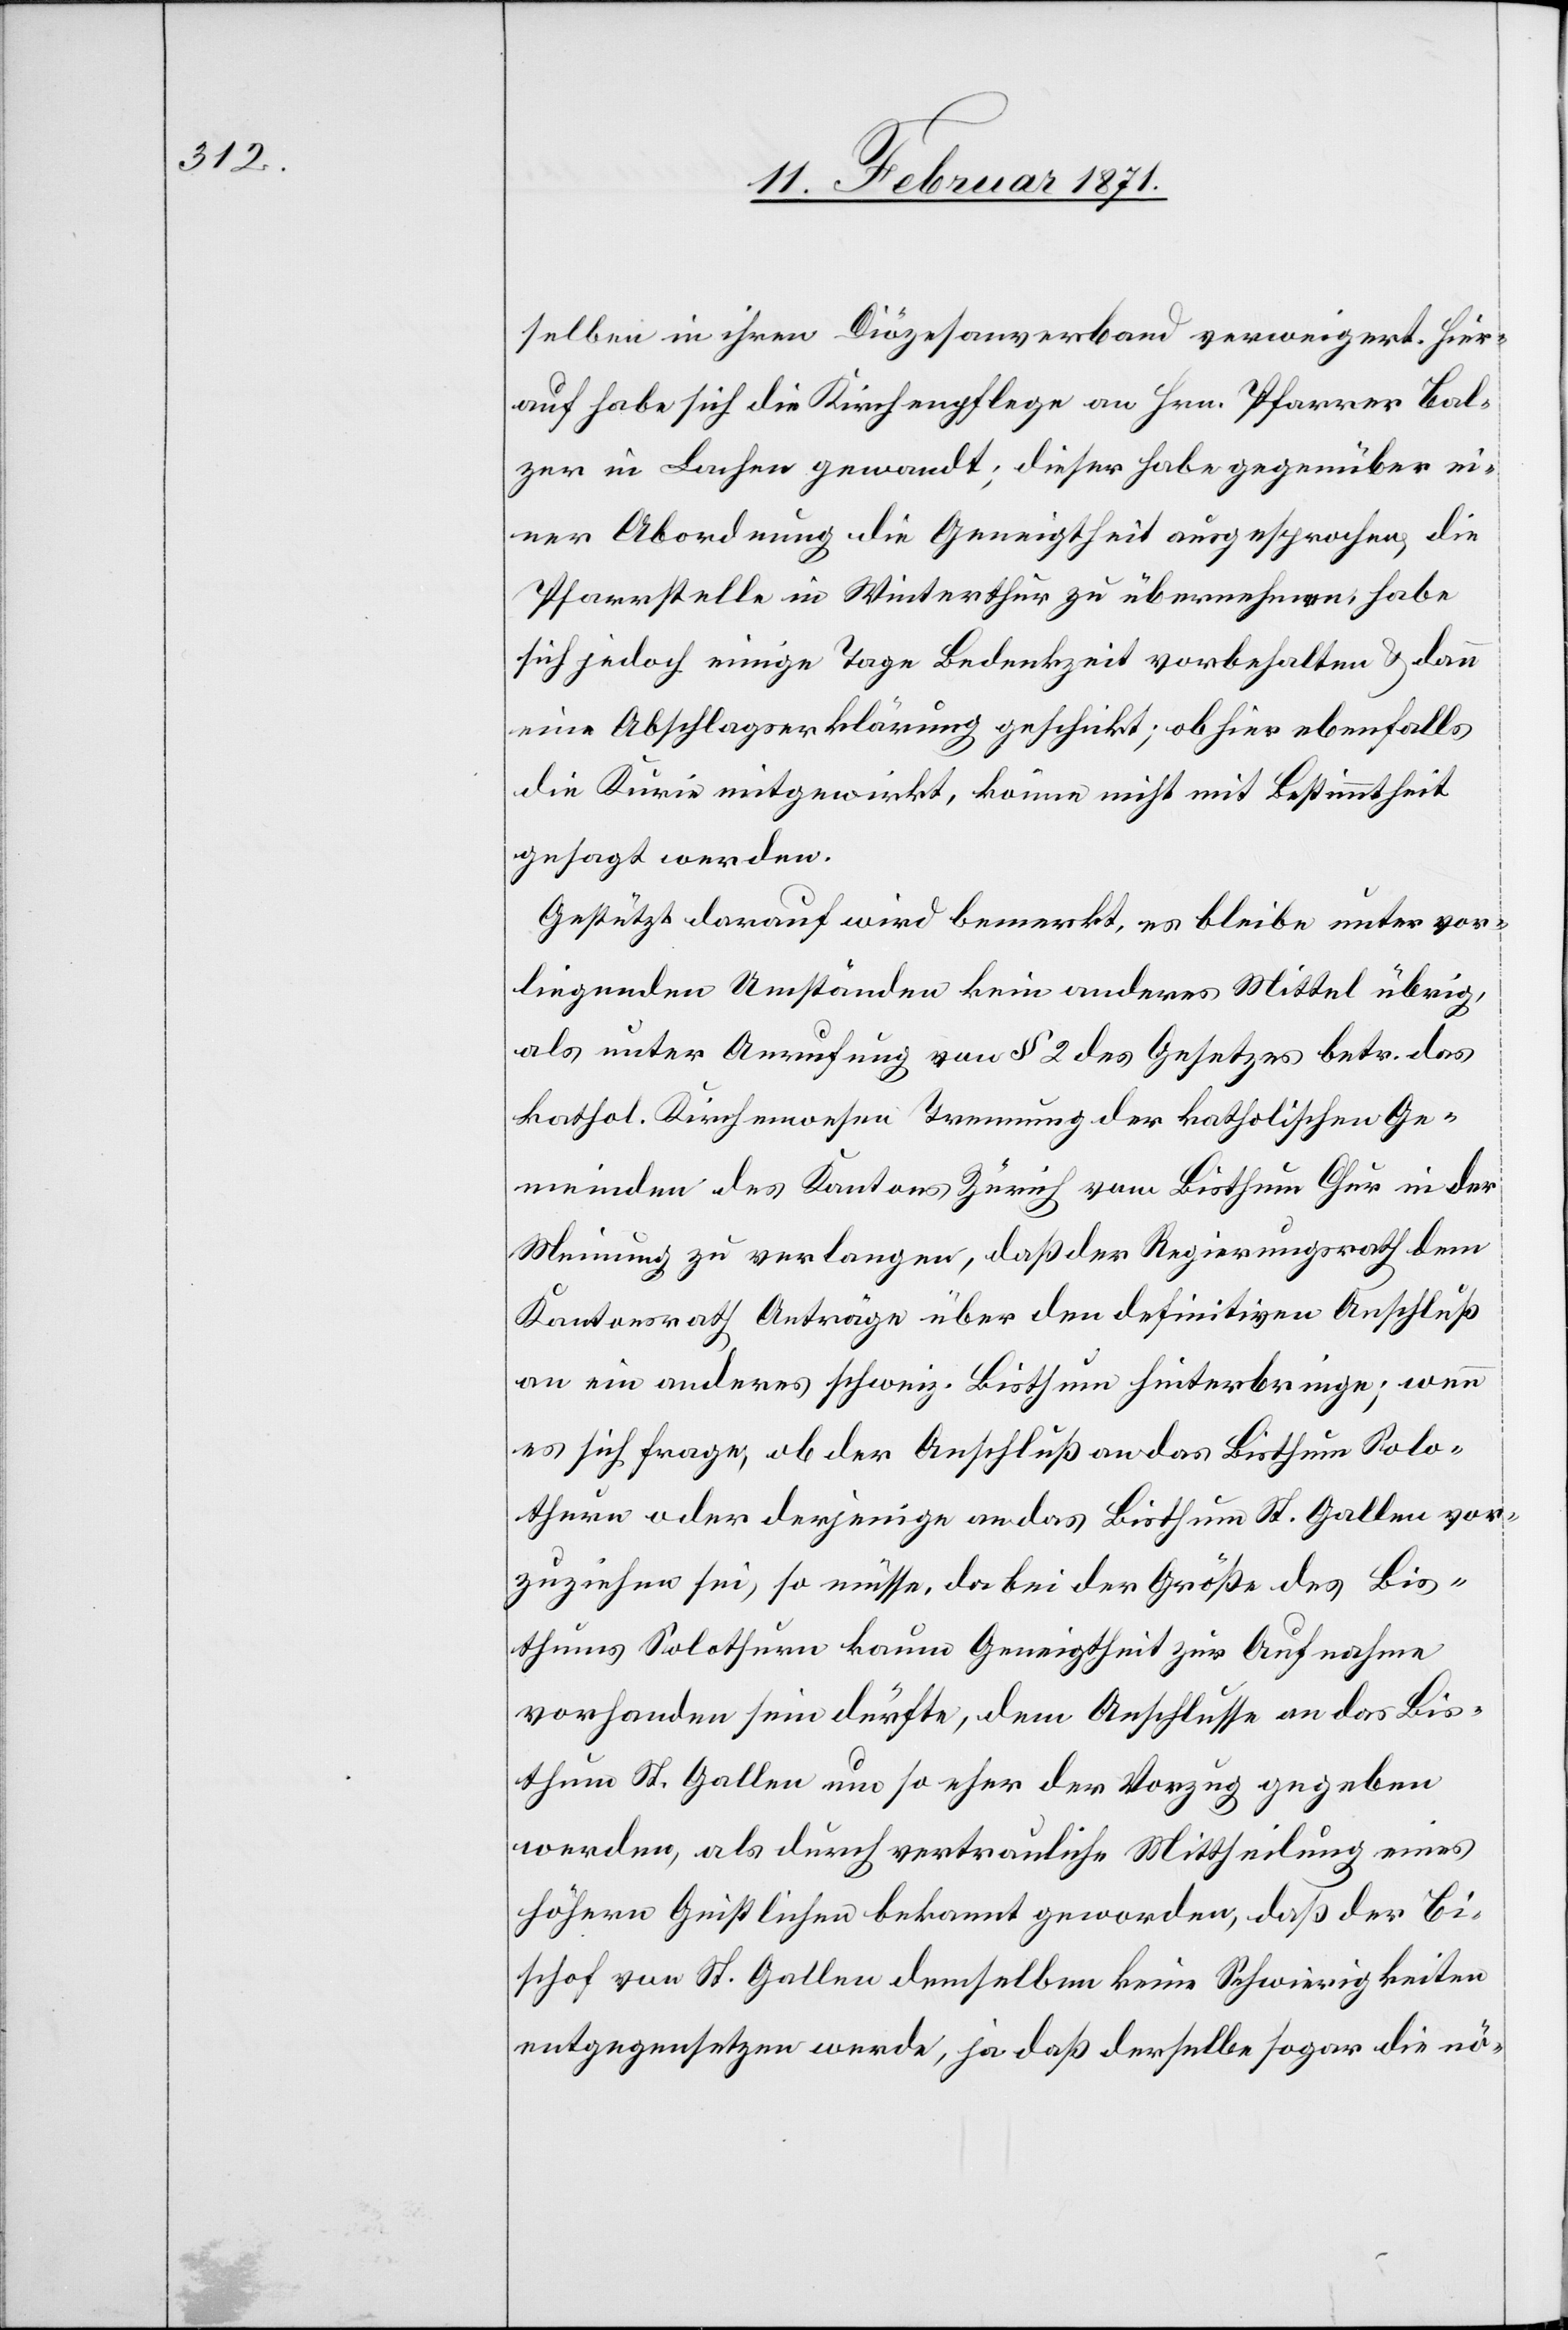
selben in ihren Diözesanverband verweigert. Hier¬
auf habe sich die Kirchenpflege an Hrn. Pfarrer Cal¬
zer in Laufen gewandt, dieser habe gegenüber ei¬
ner Abordnung die Geneigtheit ausgesprochen, die
Pfarrstelle in Winterthur zu übernehmen, habe
sich jedoch einige Tage Bedenkzeit vorbehalten u. dann
eine Abschlagserklärung geschickt; ob hier ebenfalls
die Kurie mitgewirkt, könne nicht mit Bestimmtheit
gesagt werden.
Gestützt darauf wird bemerkt, es bleibe unter vor¬
liegenden Umständen kein anderes Mittel übrig,
als unter Anrufung von § 2 des Gesetzes betr. das
kathol. Kirchenwesen Trennung der katholischen Ge¬
meinden des Kantons Zürich vom Bisthum Chur in der
Meinung zu verlangen, daß der Regierungsrath dem
Kantonsrath Anträge über den definitiven Anschluß
an ein anderes schweiz. Bisthum hinterbringe; wenn
es sich frage, ob der Anschluß an das Bisthum Solo¬
thurn oder derjenige an das Bisthum St. Gallen vor¬
zuziehen sei, so müsse, da bei der Größe des Bis¬
thums Solothurn kaum Geneigtheit zur Aufnahme
vorhanden sein dürfte, dem Anschlusse an das Bis¬
thum St. Gallen um so eher der Vorzug gegeben
werden, als durch vertrauliche Mittheilung eines
höhern Christlichen bekannt geworden, daß der Bi¬
schof von St. Gallen demselben keine Schwierigkeiten
entgegensetzen werde, ja daß derselbe sogar die nö-